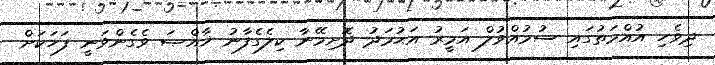
ދިވެހި އުއްމަތުގައި ސުމުއްވުލް އަމީރު އަޙުމަދު ދޮށިމޭނާ ކިލެގެފާނު ޚާއްޞަ ވެގެންވަނީ ފަހަކަށް